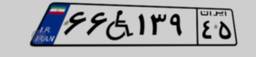
۶۶W۱۳۹۴۵